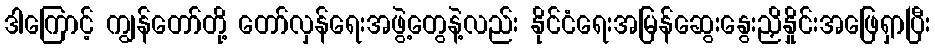
ဒါကြောင့် ကျွန်တော်တို့ တော်လှန်ရေးအဖွဲ့တွေနဲ့လည်း နိုင်ငံရေးအမြန်ဆွေးနွေးညှိနှိုင်းအဖြေရှာပြီး